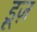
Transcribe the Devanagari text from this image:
ड्रूज़